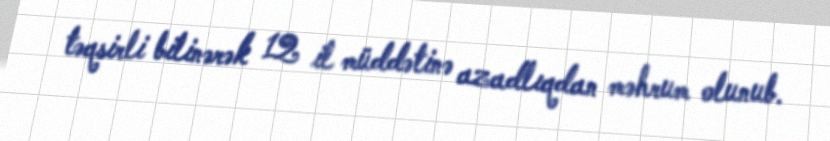
təqsirli bilinərək 12 il müddətinə azadlıqdan məhrum olunub.